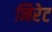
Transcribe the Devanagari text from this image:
निरेट